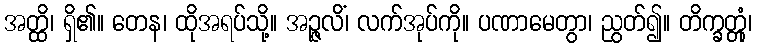
အတ္ထိ၊ ရှိ၏။ တေန၊ ထိုအရပ်သို့။ အဉ္ဇလိံ၊ လက်အုပ်ကို။ ပဏာမေတွာ၊ ညွတ်၍။ တိက္ခတ္တုံ၊